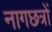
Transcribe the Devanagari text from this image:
नागछत्रों